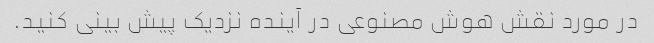
در مورد نقش هوش مصنوعی در آینده نزدیک پیش بینی کنید.